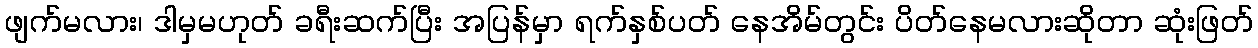
ဖျက်မလား၊ ဒါမှမဟုတ် ခရီးဆက်ပြီး အပြန်မှာ ရက်နှစ်ပတ် နေအိမ်တွင်း ပိတ်နေမလားဆိုတာ ဆုံးဖြတ်